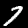
Label: 7